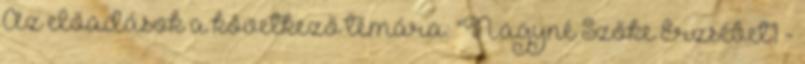
Az előadások a következő témára: "Nagyné Szőke Erzsébet1 -